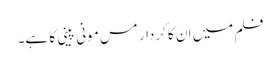
فلم میں ان کا کردار مس مونی پینی کا ہے۔